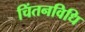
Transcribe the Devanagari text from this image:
चिंतनविधि